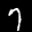
Label: 7